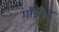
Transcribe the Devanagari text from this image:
गॉडहेड